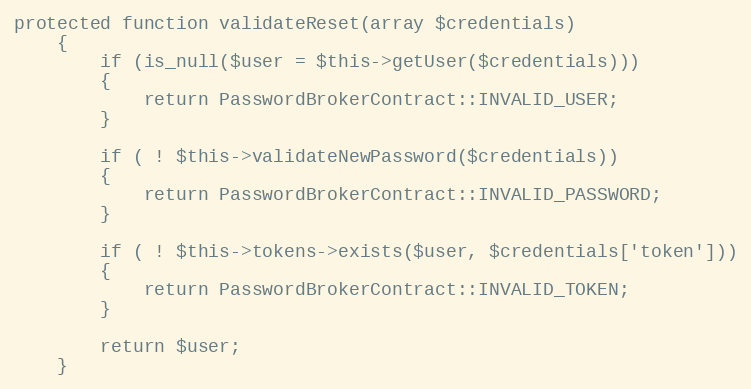
Language: PHP
protected function validateReset(array $credentials)
	{
		if (is_null($user = $this->getUser($credentials)))
		{
			return PasswordBrokerContract::INVALID_USER;
		}

		if ( ! $this->validateNewPassword($credentials))
		{
			return PasswordBrokerContract::INVALID_PASSWORD;
		}

		if ( ! $this->tokens->exists($user, $credentials['token']))
		{
			return PasswordBrokerContract::INVALID_TOKEN;
		}

		return $user;
	}